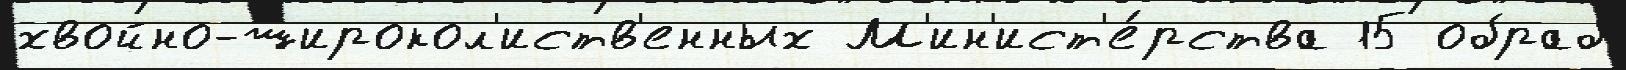
хвойно-широкол'иств'енных М'ин'ист'е́рства 15 обраб